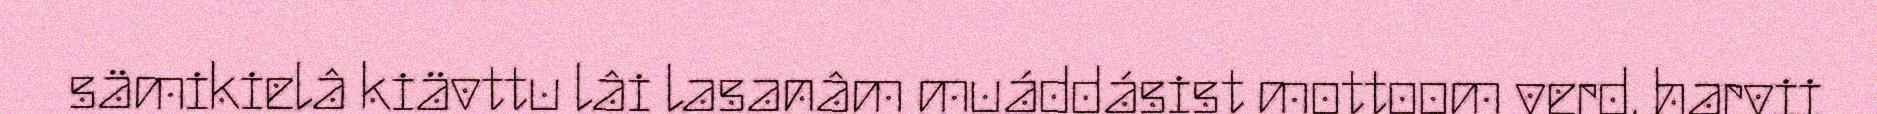
sämikielâ kiävttu lâi lasanâm muáddásist mottoom verd, harvii